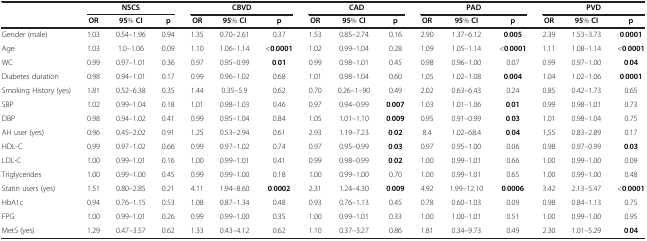
<table><thead><tr><td><b> </b></td><td colspan="3"><b>NSCS</b></td><td colspan="3"><b>CBVD</b></td><td colspan="3"><b>CAD</b></td><td colspan="3"><b>PAD</b></td><td colspan="3"><b>PVD</b></td></tr><tr><td><b> </b></td><td><b>OR</b></td><td><b>95% CI</b></td><td><b>p</b></td><td><b>OR</b></td><td><b>95% CI</b></td><td><b>p</b></td><td><b>OR</b></td><td><b>95% CI</b></td><td><b>p</b></td><td><b>OR</b></td><td><b>95% CI</b></td><td><b>p</b></td><td><b>OR</b></td><td><b>95% CI</b></td><td><b>p</b></td></tr></thead><tbody><tr><td>Gender (male)</td><td>1.03</td><td>0.54–1.96</td><td>0.94</td><td>1.35</td><td>0.70–2.61</td><td>0.37</td><td>1.53</td><td>0.85–2.74</td><td>0.16</td><td>2.90</td><td>1.37–6.12</td><td><b>0</b>.<b>005</b></td><td>2.39</td><td>1.53–3.73</td><td><b>0</b>.<b>0001</b></td></tr><tr><td>Age</td><td>1.03</td><td>1.0–1.06</td><td>0.09</td><td>1.10</td><td>1.06–1.14</td><td>&lt;<b>0</b>.<b>0001</b></td><td>1.02</td><td>0.99–1.04</td><td>0.28</td><td>1.09</td><td>1.05–1.14</td><td>&lt;<b>0</b>.<b>0001</b></td><td>1.11</td><td>1.08–1.14</td><td>&lt;<b>0</b>.<b>0001</b></td></tr><tr><td>WC</td><td>0.99</td><td>0.97–1.01</td><td>0.36</td><td>0.97</td><td>0.95–0.99</td><td><b>0</b>.<b>01</b></td><td>0.99</td><td>0.98–1.01</td><td>0.45</td><td>0.98</td><td>0.96–1.00</td><td>0.07</td><td>0.99</td><td>0.97–1.00</td><td><b>0</b>.<b>04</b></td></tr><tr><td>Diabetes duration</td><td>0.98</td><td>0.94–1.01</td><td>0.17</td><td>0.99</td><td>0.96–1.02</td><td>0.68</td><td>1.01</td><td>0.98–1.04</td><td>0.60</td><td>1.05</td><td>1.02–1.08</td><td><b>0</b>.<b>004</b></td><td>1.04</td><td>1.02–1.06</td><td><b>0</b>.<b>0001</b></td></tr><tr><td>Smoking History (yes)</td><td>1.81</td><td>0.52–6.38</td><td>0.35</td><td>1.44</td><td>0.35–5.9</td><td>0.62</td><td>0.70</td><td>0.26–1–90</td><td>0.49</td><td>2.02</td><td>0.63–6.43</td><td>0.24</td><td>0.85</td><td>0.42–1.73</td><td>0.65</td></tr><tr><td>SBP</td><td>1.02</td><td>0.99–1.04</td><td>0.18</td><td>1.01</td><td>0.98–1.03</td><td>0.46</td><td>0.97</td><td>0.94–0.99</td><td><b>0</b>.<b>007</b></td><td>1.03</td><td>1.01–1.06</td><td><b>0</b>.<b>01</b></td><td>0.99</td><td>0.98–1.01</td><td>0.73</td></tr><tr><td>DBP</td><td>0.98</td><td>0.94–1.02</td><td>0.41</td><td>0.99</td><td>0.95–1.04</td><td>0.84</td><td>1.05</td><td>1.01–1.10</td><td><b>0</b>.<b>009</b></td><td>0.95</td><td>0.91–0.99</td><td><b>0</b>.<b>03</b></td><td>1.01</td><td>0.98–1.04</td><td>0.75</td></tr><tr><td>AH user (yes)</td><td>0.96</td><td>0.45–2.02</td><td>0.91</td><td>1.25</td><td>0.53–2.94</td><td>0.61</td><td>2.93</td><td>1.19–7.23</td><td><b>0</b>.<b>02</b></td><td>8.4</td><td>1.02–68.4</td><td><b>0</b>.<b>04</b></td><td>1,55</td><td>0.83–2.89</td><td>0.17</td></tr><tr><td>HDL-C</td><td>0.99</td><td>0.97–1.02</td><td>0.66</td><td>0.99</td><td>0.97–1.02</td><td>0.74</td><td>0.97</td><td>0.95–0.99</td><td><b>0</b>.<b>03</b></td><td>0.97</td><td>0.95–1.00</td><td>0.06</td><td>0.98</td><td>0.97–0.99</td><td><b>0</b>.<b>03</b></td></tr><tr><td>LDL-C</td><td>1.00</td><td>0.99–1.01</td><td>0.16</td><td>1.00</td><td>0.99–1.01</td><td>0.41</td><td>0.99</td><td>0.98–0.99</td><td><b>0</b>.<b>02</b></td><td>1.00</td><td>0.99–1.01</td><td>0.66</td><td>1.00</td><td>0.99–1.00</td><td>0.09</td></tr><tr><td>Triglycerides</td><td>1.00</td><td>0.99–1.00</td><td>0.45</td><td>0.99</td><td>0.99–1.00</td><td>0.18</td><td>1.00</td><td>0.99–1.00</td><td>0.70</td><td>1.00</td><td>0.99–1.01</td><td>0.65</td><td>1.00</td><td>0.99–1.00</td><td>0.48</td></tr><tr><td>Statin users (yes)</td><td>1.51</td><td>0.80–2.85</td><td>0.21</td><td>4.11</td><td>1.94–8.60</td><td><b>0</b>.<b>0002</b></td><td>2.31</td><td>1.24–4.30</td><td><b>0</b>.<b>009</b></td><td>4.92</td><td>1.99–12.10</td><td><b>0</b>.<b>0006</b></td><td>3.42</td><td>2.13–5.47</td><td>&lt;<b>0</b>.<b>0001</b></td></tr><tr><td>HbA1c</td><td>0.94</td><td>0.76–1.15</td><td>0.53</td><td>1.08</td><td>0.87–1.34</td><td>0.48</td><td>0.93</td><td>0.76–1.13</td><td>0.45</td><td>0.78</td><td>0.60–1.03</td><td>0.09</td><td>0.98</td><td>0.84–1.13</td><td>0.75</td></tr><tr><td>FPG</td><td>1.00</td><td>0.99–1.01</td><td>0.26</td><td>0.99</td><td>0.99–1.00</td><td>0.35</td><td>1.00</td><td>0.99–1.01</td><td>0.33</td><td>1.00</td><td>1.00–1.01</td><td>0.51</td><td>1.00</td><td>0.99–1.00</td><td>0.95</td></tr><tr><td>MetS (yes)</td><td>1.29</td><td>0.47–3.57</td><td>0.62</td><td>1.33</td><td>0.43–4.12</td><td>0.62</td><td>1.10</td><td>0.37–3.27</td><td>0.86</td><td>1.81</td><td>0.34–9.73</td><td>0.49</td><td>2.30</td><td>1.01–5.29</td><td><b>0</b>.<b>04</b></td></tr></tbody></table>